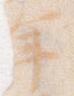
年